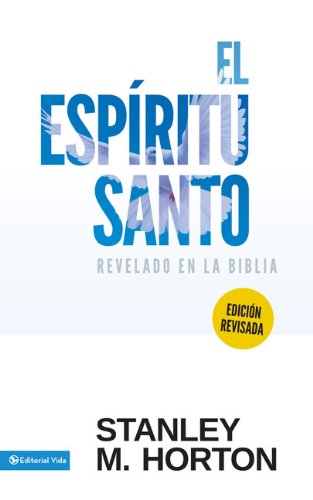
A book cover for EspÃ­ritu Santo Revelado en la BÃ­blia (Revisada); Stanley M. Horton; Christian Books & Bibles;